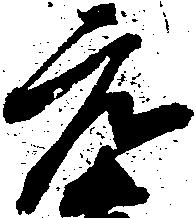
元